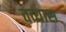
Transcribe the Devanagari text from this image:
तव्यास